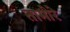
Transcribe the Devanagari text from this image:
तामोरे